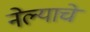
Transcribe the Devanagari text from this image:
नेल्याचे